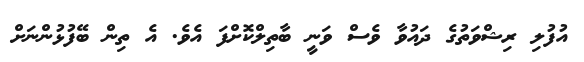
އުފުލި ރިޝްވަތުގެ ދައުވާ ވެސް ވަނީ ބާތިލްކޮށްފަ އެވެ. އެ ތިން ބޭފުޅުންނަށް